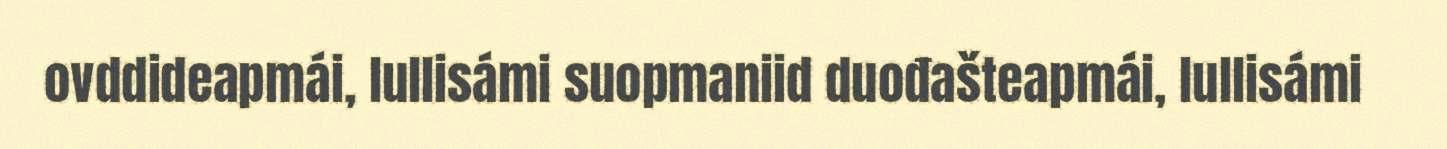
ovddideapmái, lullisámi suopmaniid duođašteapmái, lullisámi